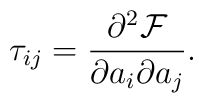
\tau_{ij} = \frac{\partial^{2} \mathcal{F}}{\partial a_{i} \partial a_{j}}.